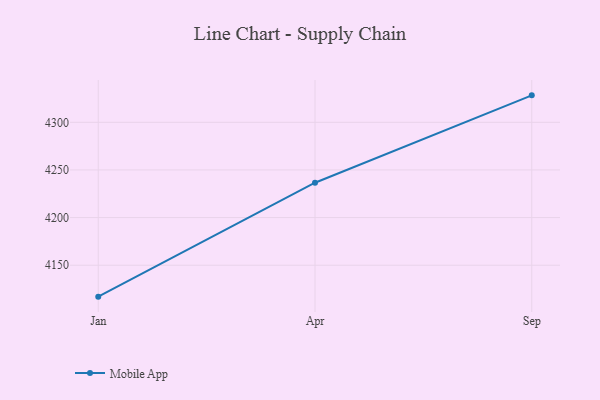
{"axis": {"x": "Month", "y": "Operating Costs (USD K)"}, "legend": ["Mobile App"], "data": [{"x": "Jan", "y": 4117.0, "type": "Mobile App"}, {"x": "Apr", "y": 4236.6, "type": "Mobile App"}, {"x": "Sep", "y": 4328.3, "type": "Mobile App"}]}